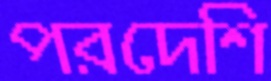
পরদেশি